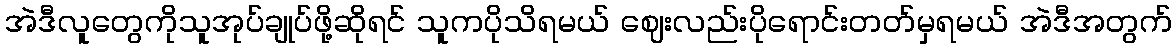
အဲဒီလူတွေကိုသူအုပ်ချုပ်ဖို့ဆိုရင် သူကပိုသိရမယ် ဈေးလည်းပိုရောင်းတတ်မှရမယ် အဲဒီအတွက်